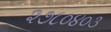
૨૭૮૦૪૦૩